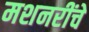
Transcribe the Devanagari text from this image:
मशनरींचे